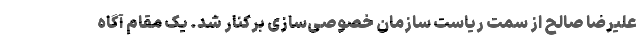
علیرضا صالح از سمت ریاست سازمان خصوصی‌سازی برکنار شد. یک مقام آگاه